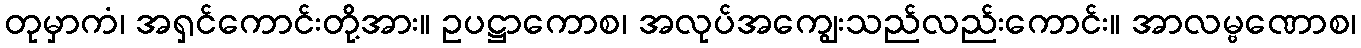
တုမှာကံ၊ အရှင်ကောင်းတို့အား။ ဥပဋ္ဌာကောစ၊ အလုပ်အကျွေးသည်လည်းကောင်း။ အာလမ္ဗဏောစ၊